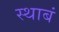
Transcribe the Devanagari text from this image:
स्थाबं